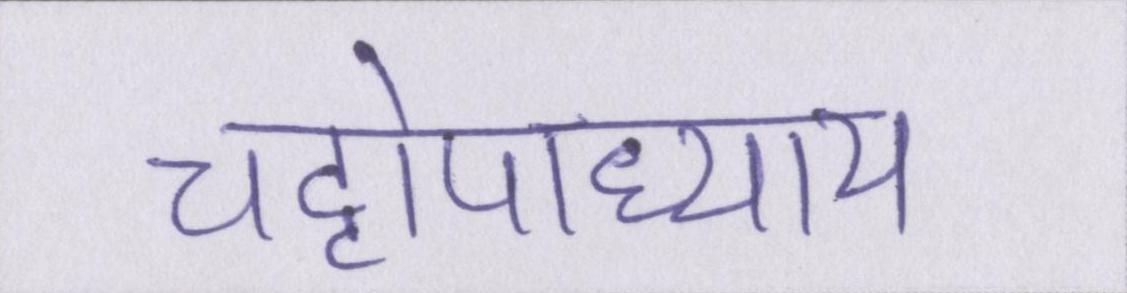
चट्टोपाध्याय